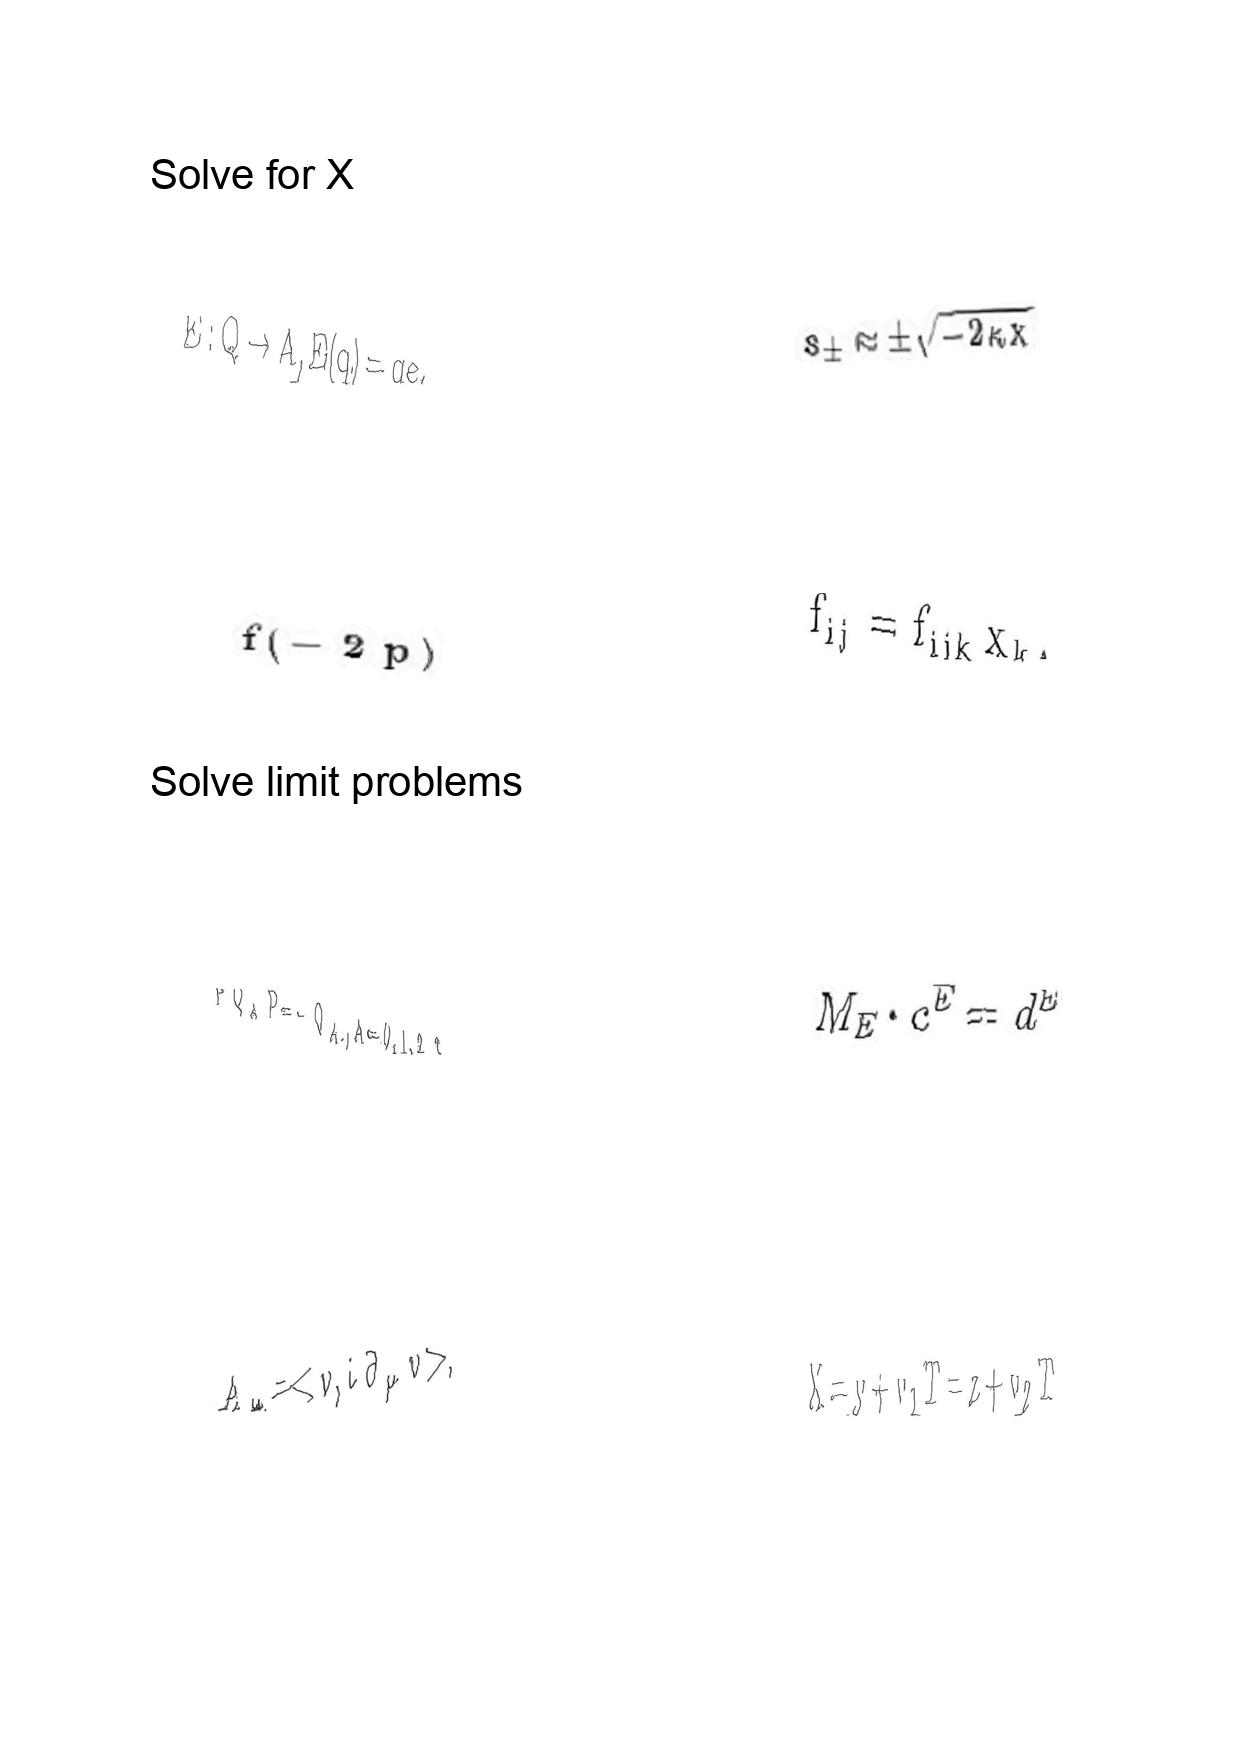
LaTeX transcription:
E : Q \to A , E \lparen q \rparen = q e .
f \lparen - 2 p \rparen
P Q _ { A } P = - Q _ { A } , A = 0 , 1 , 2 , 3 .
A _ { \mu } = \lt v , i \partial _ { \mu } v \gt ,
s _ { \pm } \approx \pm \sqrt { - 2 \kappa x }
f _ { i j } = f _ { i j k } x _ { k } ,
M _ { E } \cdot c ^ { E } = d ^ { E }
X = y + v _ { 1 } T = z + v _ { 2 } T